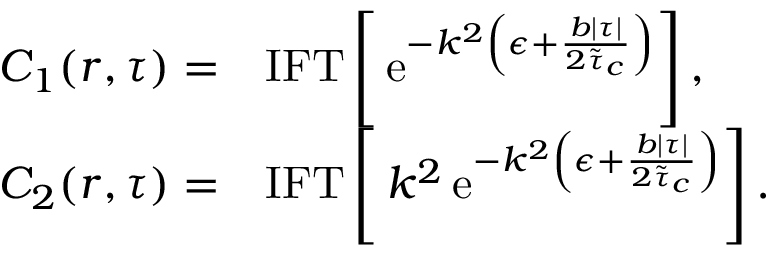
\begin{array} { r l } { C _ { 1 } ( r , \tau ) = } & { { \mathrm { I F T } } \left[ \, \mathrm { e } ^ { - k ^ { 2 } \left( \epsilon + \frac { b \lvert \tau \rvert } { 2 \tilde { \tau } _ { c } } \right) } \right] , } \\ { C _ { 2 } ( r , \tau ) = } & { { \mathrm { I F T } } \left[ \, k ^ { 2 } \, \mathrm { e } ^ { - k ^ { 2 } \left( \epsilon + \frac { b \lvert \tau \rvert } { 2 \tilde { \tau } _ { c } } \right) } \right] . } \end{array}